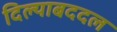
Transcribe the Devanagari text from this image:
दिल्याबददल